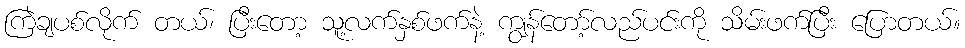
ကြဲချပစ်လိုက် တယ်၊ ပြီးတော့ သူ့လက်နှစ်ဖက်နဲ့ ကျွန်တော့်လည်ပင်းကို သိမ်းဖက်ပြီး ပြောတယ်။